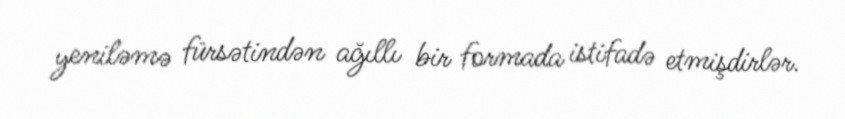
yeniləmə fürsətindən ağıllı bir formada istifadə etmişdirlər.